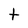
Character: t